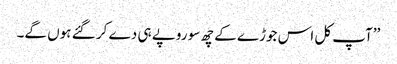
’’آپ کل اس جوڑے کے چھ سو روپے ہی دے کر گئے ہوں گے۔